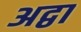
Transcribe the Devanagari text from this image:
अद्वा